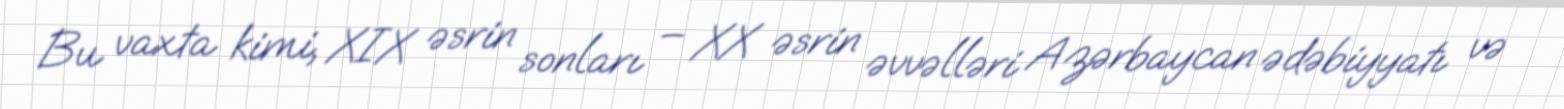
Bu vaxta kimi, XIX əsrin sonları – XX əsrin əvvəlləri Azərbaycan ədəbiyyatı və